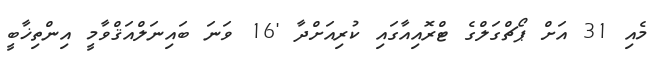
މެއި 31 އަށް ޕޯޗްގަލްގެ ޓްރޮއިއާގައި ކުރިއަށްދާ '16 ވަނަ ބައިނަލްއަޤްވާމީ އިންތިޚާބީ